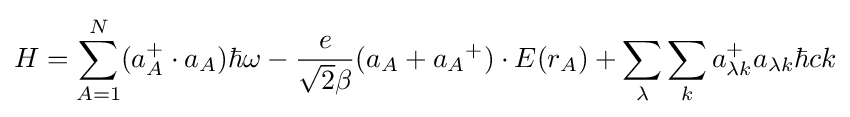
H=\sum \limits _{A=1}^{N}(a_{A}^{+}\cdot a_{A})\hbar \omega -{e \over {{\sqrt {2}}\beta }}(a_{A}+{a_{A}}^{+})\cdot E(r_{A})+\sum _{\lambda }\sum _{k}a_{\lambda k}^{+}a_{\lambda k}\hbar ck